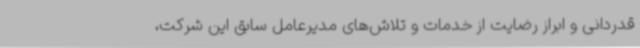
قدردانی و ابراز رضایت از خدمات و تلاش‌های مدیرعامل سابق این شرکت،